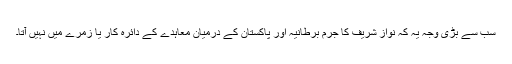
سب سے بڑی وجہ یہ کہ نواز شریف کا جرم برطانیہ اور پاکستان کے درمیان معاہدے کے دائرہ کار یا زمرے میں نہیں آتا۔